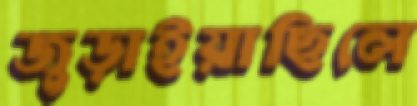
জুড়াইয়াছিলে